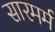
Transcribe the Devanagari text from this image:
सारमर्म